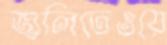
জ্বলিতেওয়ে